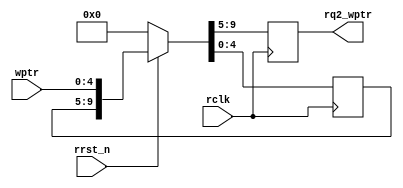


module sync_w2r #(parameter ASIZE = 4)
 (output reg [ASIZE:0] rq2_wptr,
 input [ASIZE:0] wptr,
 input rclk, rrst_n);
 reg [ASIZE:0] rq1_wptr;
 always @(posedge rclk )
 if (!rrst_n) {rq2_wptr,rq1_wptr} <= {(2*ASIZE){1'd0}};
 else {rq2_wptr,rq1_wptr} <= {rq1_wptr,wptr};
endmodule